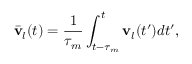
\bar { \bf v } _ { l } ( t ) = \frac { 1 } { \tau _ { m } } \int _ { t - \tau _ { m } } ^ { t } { \bf v } _ { l } ( t ^ { \prime } ) d t ^ { \prime } ,